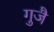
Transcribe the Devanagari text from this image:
गुजै